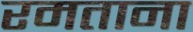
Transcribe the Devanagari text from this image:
रमताना